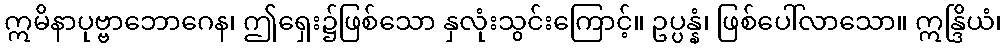
ဣမိနာပုဗ္ဗာဘောဂေန၊ ဤရှေး၌ဖြစ်သော နှလုံးသွင်းကြောင့်။ ဥပ္ပန္နံ၊ ဖြစ်ပေါ်လာသော။ ဣန္ဒြိယံ၊